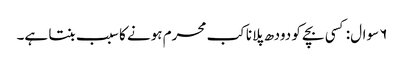
۶ سوال: کسی بچے کو دودھ پلانا کب محرم ہونے کا سبب بنتا ہے۔